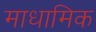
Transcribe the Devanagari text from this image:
माधामिक